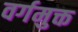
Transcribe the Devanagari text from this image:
वर्गमुक्त